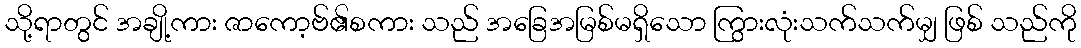
သို့ရာတွင် အချို့ကား ဇာကော့ဗ်၏စကား သည် အခြေအမြစ်မရှိသော ကြွားလုံးသက်သက်မျှ ဖြစ် သည်ကို